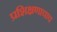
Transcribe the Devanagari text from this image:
प्रशिक्षणाचाच